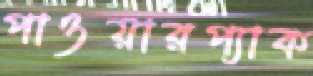
পাওয়ারপ্যাক